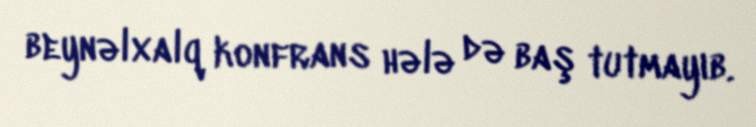
beynəlxalq konfrans hələ də baş tutmayıb.